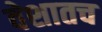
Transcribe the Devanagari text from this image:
वेशातच